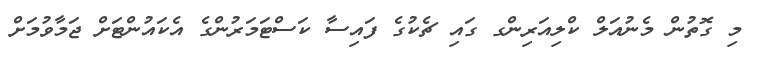
މި ގޮތުން މެނުއަލް ކްލިއަރިންގ ގައި ޗެކުގެ ފައިސާ ކަސްޓަމަރުންގެ އެކައުންޓަށް ޖަމާވުމަށް